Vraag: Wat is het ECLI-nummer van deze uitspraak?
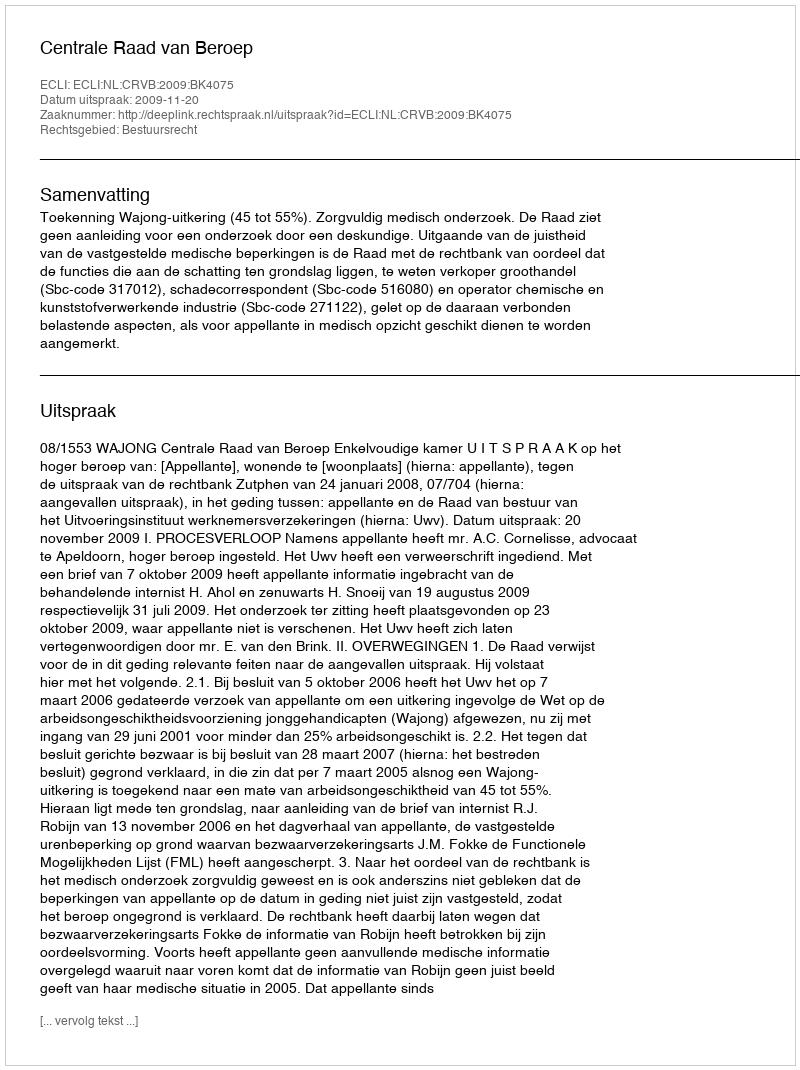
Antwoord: ECLI:NL:CRVB:2009:BK4075